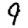
Digit: 9